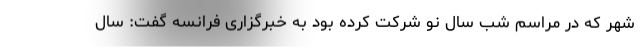
شهر که در مراسم شب سال نو شرکت کرده بود به خبرگزاری فرانسه گفت: سال